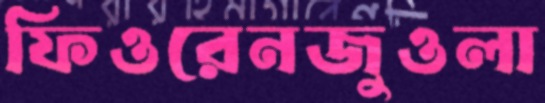
ফিওরেনজুওলা